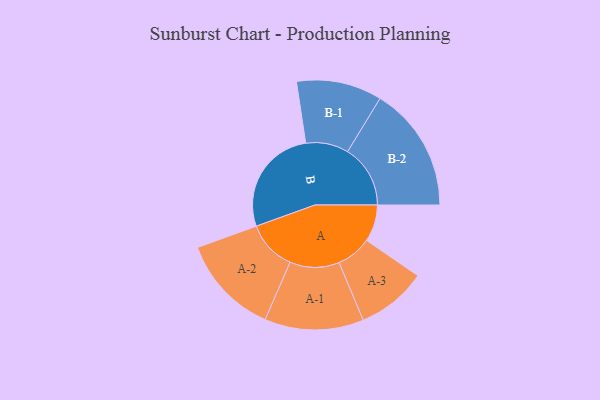
{"axis": {"x": "Segment", "y": "Value"}, "legend": ["", "A", "B"], "data": [{"x": "A", "y": 164, "type": ""}, {"x": "B", "y": 482, "type": ""}, {"x": "A-1", "y": 220, "type": "A"}, {"x": "A-2", "y": 222, "type": "A"}, {"x": "A-3", "y": 156, "type": "A"}, {"x": "B-1", "y": 190, "type": "B"}, {"x": "B-2", "y": 279, "type": "B"}]}